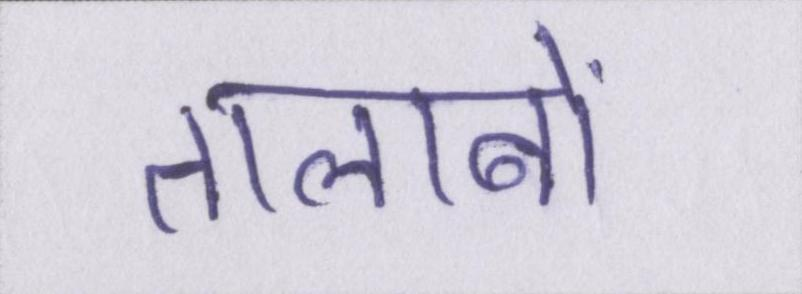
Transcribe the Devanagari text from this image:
तालाबों